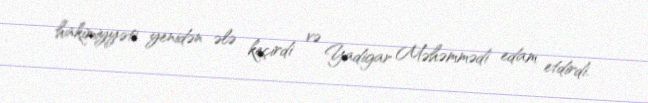
hakimiyyəti yenidən ələ keçirdi və Yadigar Məhəmmədi edam etdirdi.